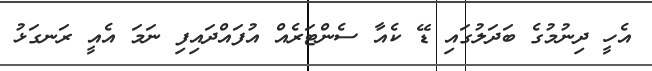
އެހީ ދިނުމުގެ ބަދަލުގައި ޑޭ ކެއާ ސެންޓަރެއް އުފައްދައިފި ނަމަ އެއީ ރަނގަޅު